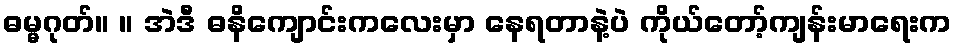
ဓမ္မဂုတ်။ ။ အဲဒီ ဓနိကျောင်းကလေးမှာ နေရတာနဲ့ပဲ ကိုယ်တော့်ကျန်းမာရေးက